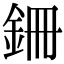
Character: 銏